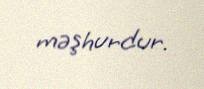
məşhurdur.